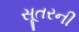
સૂતરની